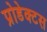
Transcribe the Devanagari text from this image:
प्रोडेक्टस